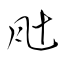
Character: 瓧